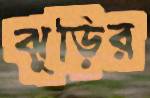
ঝুড়ির